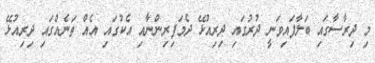
މި ދިރާސާގައި ބަލާފައިވަނީ ދުރުގައި ދިރިއުޅޭ ދެމަފިރިންނާއި އެކުގައި އެއް ތަނެއްގައި ދިރިއުޅޭ